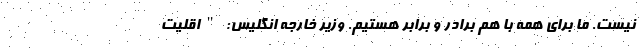
نیست. ما برای همه با هم برادر و برابر هستیم. وزیر خارجه انگلیس: "اقلیت